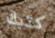
كتبك